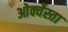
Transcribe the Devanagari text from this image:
ओर्क्वेस्ता